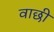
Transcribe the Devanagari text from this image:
वाछी